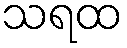
သရထ